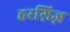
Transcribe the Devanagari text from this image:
हरग़िज़